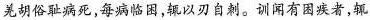
羌胡俗耻病死，每病临困，辄以刃自刺。训闻有困疾者，辄